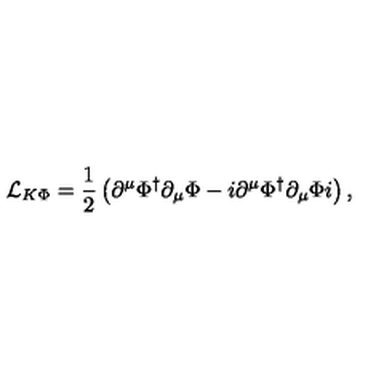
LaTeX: { \cal L } _ { K \Phi } = \frac { 1 } { 2 } \left( \partial ^ { \mu } \Phi ^ { \dagger } \partial _ { \mu } \Phi - i \partial ^ { \mu } \Phi ^ { \dagger } \partial _ { \mu } \Phi i \right) ,